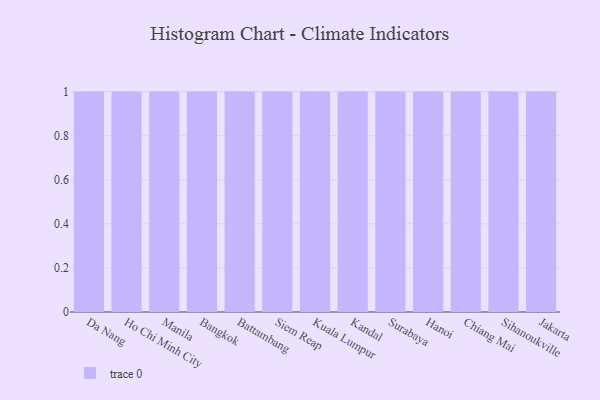
{"axis": {"x": "City", "y": "Website Visitors"}, "legend": [""], "data": [{"x": "Da Nang", "y": 80, "type": ""}, {"x": "Ho Chi Minh City", "y": 55, "type": ""}, {"x": "Manila", "y": 75, "type": ""}, {"x": "Bangkok", "y": 78, "type": ""}, {"x": "Battambang", "y": 39, "type": ""}, {"x": "Siem Reap", "y": 81, "type": ""}, {"x": "Kuala Lumpur", "y": 63, "type": ""}, {"x": "Kandal", "y": 7, "type": ""}, {"x": "Surabaya", "y": 74, "type": ""}, {"x": "Hanoi", "y": 59, "type": ""}, {"x": "Chiang Mai", "y": 98, "type": ""}, {"x": "Sihanoukville", "y": 61, "type": ""}, {"x": "Jakarta", "y": 54, "type": ""}]}